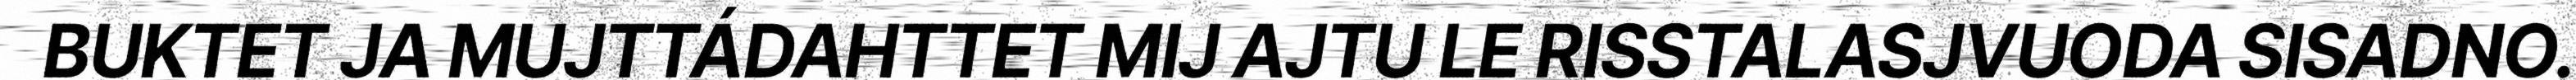
BUKTET JA MUJTTÁDAHTTET MIJ AJTU LE RISSTALASJVUODA SISADNO.